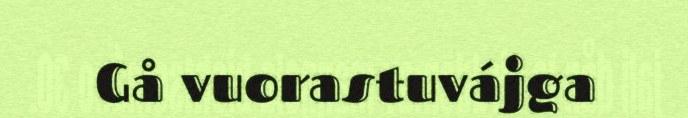
Gå vuorastuvájga